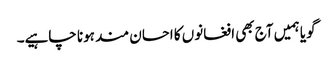
گویا ہمیں آج بھی افغانوں کا احسان مند ہونا چاہیے۔